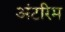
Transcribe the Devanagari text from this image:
अंटरिम